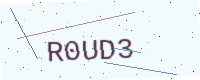
Text: R0UD3